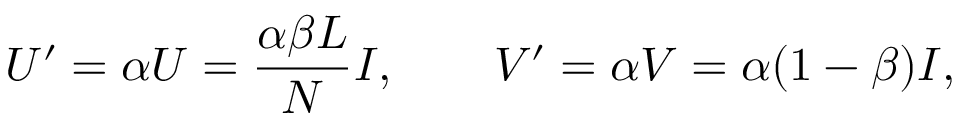
U ^ { \prime } = \alpha U = \frac { \alpha \beta L } { N } I , \qquad V ^ { \prime } = \alpha V = \alpha ( 1 - \beta ) I ,